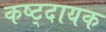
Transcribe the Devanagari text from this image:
कष्ट्दायक